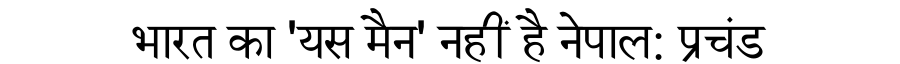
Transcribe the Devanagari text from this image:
भारत का 'यस मैन' नहीं है नेपाल: प्रचंड